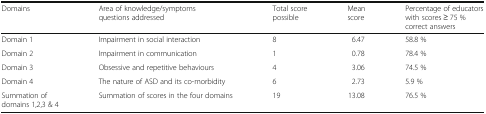
<table><thead><tr><td><b>Domains</b></td><td><b>Area of knowledge/symptoms questions addressed</b></td><td><b>Total score possible</b></td><td><b>Mean score</b></td><td><b>Percentage of educators with scores ≥ 75 % correct answers</b></td></tr></thead><tbody><tr><td>Domain 1</td><td>Impairment in social interaction</td><td>8</td><td>6.47</td><td>58.8 %</td></tr><tr><td>Domain 2</td><td>Impairment in communication</td><td>1</td><td>0.78</td><td>78.4 %</td></tr><tr><td>Domain 3</td><td>Obsessive and repetitive behaviours</td><td>4</td><td>3.06</td><td>74.5 %</td></tr><tr><td>Domain 4</td><td>The nature of ASD and its co-morbidity</td><td>6</td><td>2.73</td><td>5.9 %</td></tr><tr><td>Summation of domains 1,2,3 &amp; 4</td><td>Summation of scores in the four domains</td><td>19</td><td>13.08</td><td>76.5 %</td></tr></tbody></table>